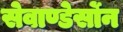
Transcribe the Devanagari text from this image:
सेवाण्डेर्सोन